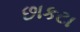
છાકટા